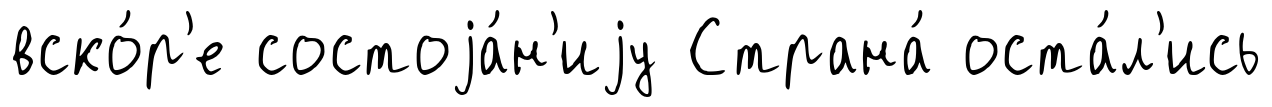
вско́р'е состоjа́н'иjу Страна́ оста́л'ись